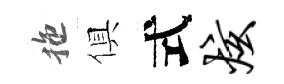
拖俱式炫